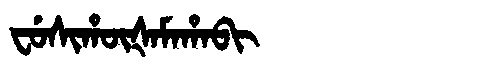
Manchu: ᠸᡠᠰᡳᡥᡡᡧᠠᠮᠠᡥᠠᠪᡳ
Romanization: FUSIHŪŠAMAHABI